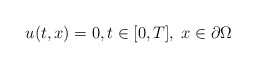
\begin{align*} u(t,x) = 0,t\in [0,T],\; x\in \partial\Omega\end{align*}